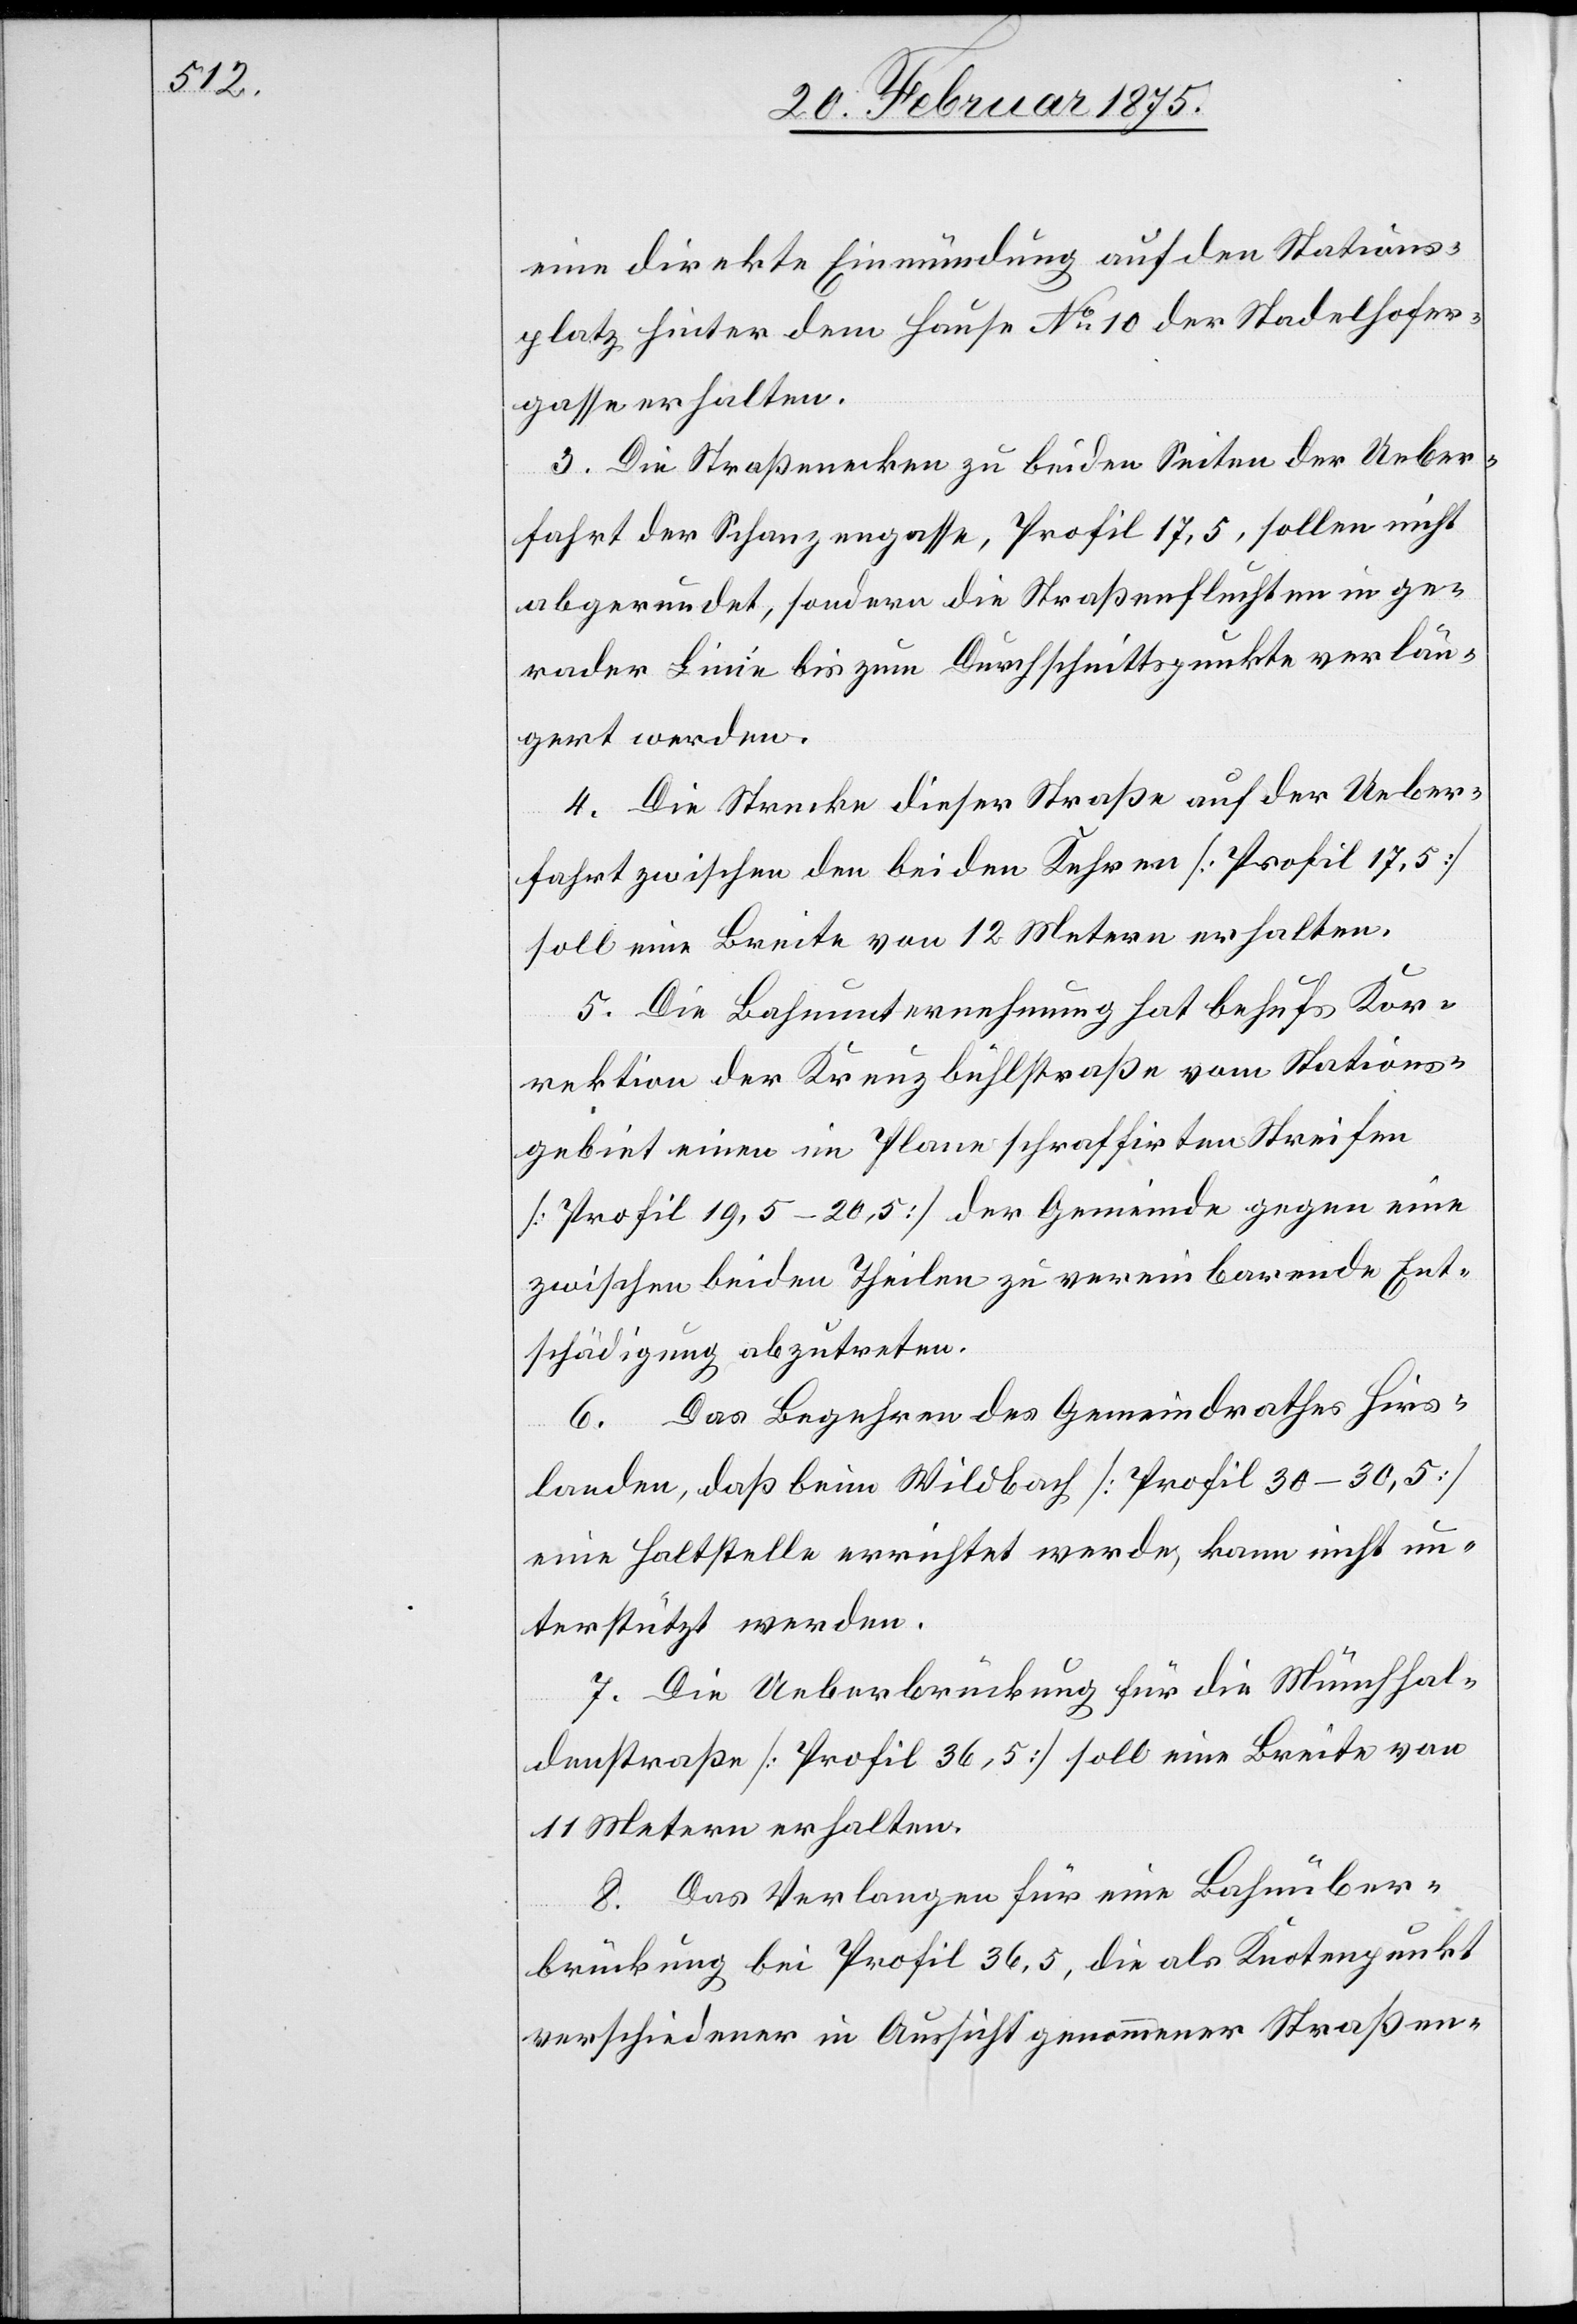
eine direkte Einmündung auf den Stations¬
platz hinter dem Hause No 10 der Stadelhofer¬
gasse erhalten.
3. Die Straßenecken zu beiden Seiten der Ueber¬
fahrt der Schanzengasse, Profil 17,5, sollen nicht
abgerundet, sondern die Straßenfluchten in ge¬
rade Linie bis zum Durchschnittspunkte verlän¬
gert werden.
4. Die Strecke dieser Straße auf der Ueber¬
fahrt zwischen den beiden Kehren [Profil 17,5]
soll eine Breite von 12 Metern erhalten.
5. Die Bahnunternehmung hat behufs Kor¬
rektion der Kreuzbühlstraße vom Stations¬
gebiet einen im Plane schraffirten Streifen
[Profil 19,5–20,5] der Gemeinde gegen eine
zwischen beiden Theilen zu vereinbarende Ent¬
schädigung abzutreten.
6. Das Begehren des Gemeindrathes Hirs¬
landen, daß beim Wildbach [Profil 30–30,5]
eine Haltstelle errichtet werde, kann nicht un¬
terstützt werden.
7. Die Ueberbrückung für die Münchhal¬
denstraße [Profil 36,5] soll eine Breite von
11 Metern erhalten.
8. Das Verlangen für eine Bahnüber¬
brückung bei Profil 36,5, die als Knotenpunkt
verschiedener in Aussicht genommener Straßen-